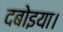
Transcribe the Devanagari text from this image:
दबोइया।